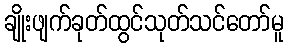
ချိုးဖျက်ခုတ်ထွင်သုတ်သင်တော်မူ